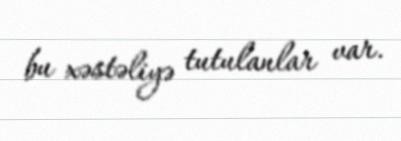
bu xəstəliyə tutulanlar var.